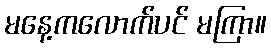
မနေ့ကလောက်ပင် မကြာ။